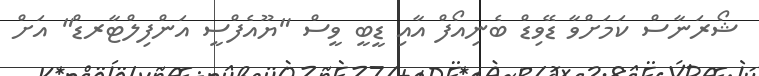
ޝޯރަނާސް ކަމަށްވާ ޑޭވިޑް ބެނިއޯފް އާއި ޑީބީ ވީސް "ޔޫއެފްސީ އަންފިލްޓާރޑް" އަށް